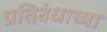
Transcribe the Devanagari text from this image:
प्रतिबंधाच्या